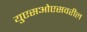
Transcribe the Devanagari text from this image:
युएसओएसवरील